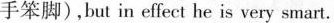
手笨脚),but in effect he is very smart.